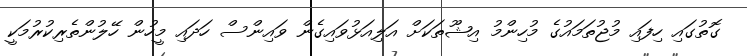
ގޮތުގައި ހިފައި މުޖުތަމައުގެ މުހިންމު އިޝޫތަކަށް އަލިއަޅުވައިގެން ވައިންސް ހަދައި މީހުން ހޭލުންތެރިކުރުމަކީ